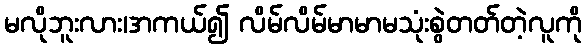
မလိုဘူးလား၊အကယ်၍ လိမ်လိမ်မာမာမသုံးစွဲတတ်တဲ့လူကို